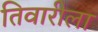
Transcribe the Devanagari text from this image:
तिवारीला